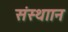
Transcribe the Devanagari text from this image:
संस्थाान